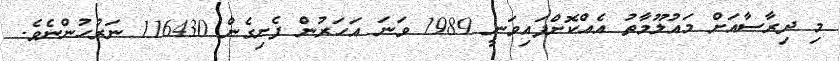
މި ދިރާސާއަށް މައުލޫމާތު އެއްކޮށްފައިވަނީ 1989 ވަނަ އަހަރުން ފެށިގެން 116430 ނަރުހުންނެވެ.